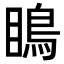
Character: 瞗